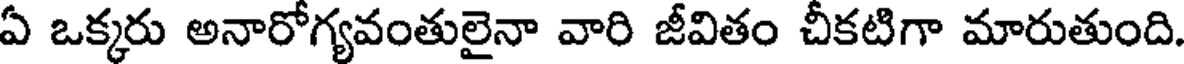
ఏ ఒక్కరు అనారోగ్యవంతులైనా వారి జీవితం చీకటిగా మారుతుంది.